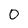
Character: 0